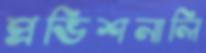
প্রভিশনালি